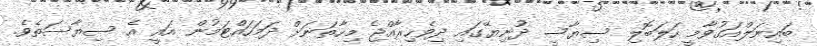
ބައިނަލްއަގުވާމީ ހަލަބޮލި ސިޔާސީ ދުނިޔޭގައި ދިވެހިރާއްޖެ މިހާތަނަށް ދަމަހައްޓަމުން އައީ އެ ސިޔާސަތެވެ.